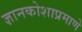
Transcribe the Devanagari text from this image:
ज्ञानकोशाप्रमाणे